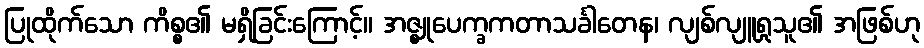
ပြုထိုက်သော ကိစ္စ၏ မရှိခြင်းကြောင့်။ အဇ္ဈုပေက္ခကတာသင်္ခါတေန၊ လျစ်လျူရှုသူ၏ အဖြစ်ဟု